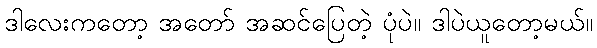
ဒါလေးကတော့ အတော် အဆင်ပြေတဲ့ ပုံပဲ။ ဒါပဲယူတော့မယ်။